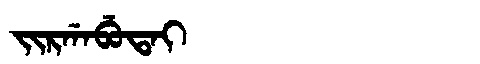
Manchu: ᠵᡳᡵᡤᠠᠪᡠᡨᠠᡳ
Romanization: JIRGABUTAI